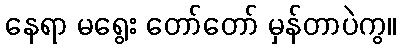
နေရာ မရွေး တော်တော် မှန်တာပဲကွ။